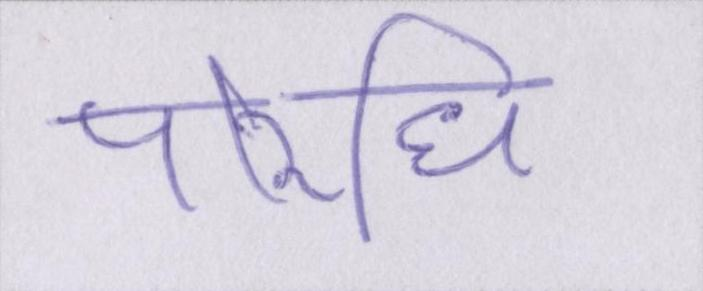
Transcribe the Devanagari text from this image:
परिधि